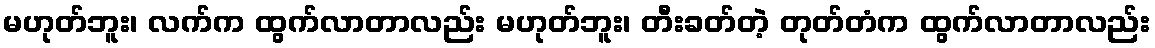
မဟုတ်ဘူး၊ လက်က ထွက်လာတာလည်း မဟုတ်ဘူး၊ တီးခတ်တဲ့ တုတ်တံက ထွက်လာတာလည်း